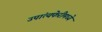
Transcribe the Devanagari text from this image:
उपांत्यफेरीमध्ये